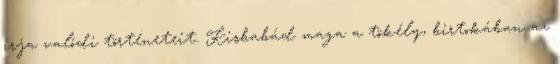
írja valódi történeteit. Kisbabád maga a tökély, birtokában az